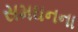
સમઘનના